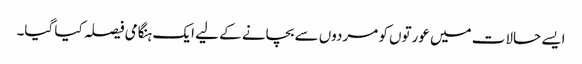
ایسے حالات میں عورتوں کو مردوں سے بچانے کے لیے ایک ہنگامی فیصلہ کیا گیا۔